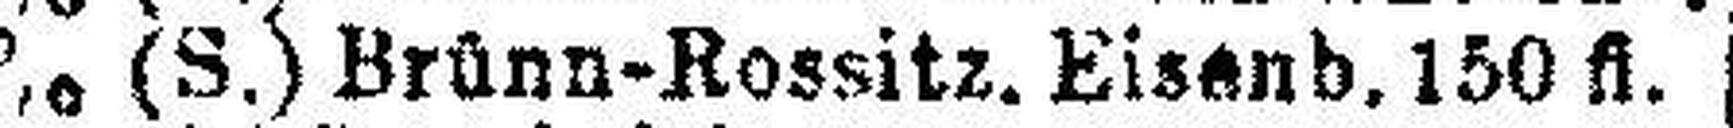
5% (S.) Brünn-Rossitz. Eisenb. 150 fl.